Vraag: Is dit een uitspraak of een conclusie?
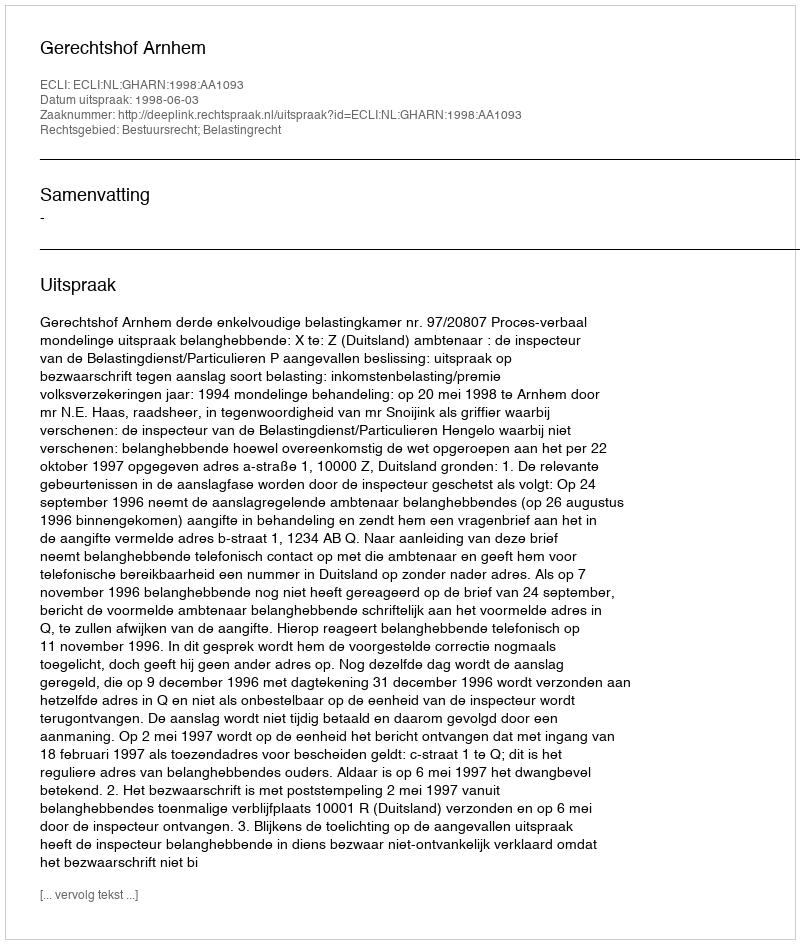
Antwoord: Uitspraak